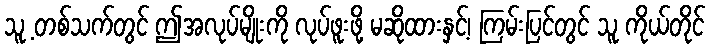
သူ့ တစ်သက်တွင် ဤအလုပ်မျိုးကို လုပ်ဖူးဖို့ မဆိုထားနှင့်၊ ကြမ်းပြင်တွင် သူ ကိုယ်တိုင်